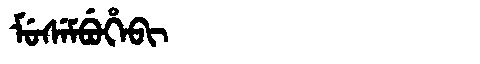
Manchu: ᠮᡠᠰᡝᠮᠪᡠᡥᡝᠪᡳ
Romanization: MUSEMBUHEBI